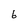
Character: 6